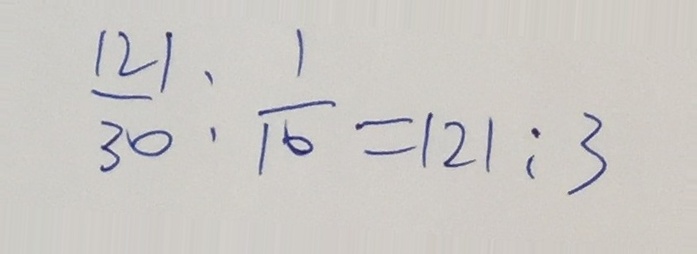
\frac { 1 2 1 } { 3 0 } : \frac { 1 } { 1 6 } = 1 2 1 ; 3